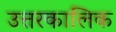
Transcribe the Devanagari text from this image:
उत्तरकालिक